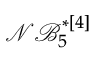
\mathcal { N B } _ { 5 } ^ { * [ 4 ] }